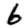
Digit: 6